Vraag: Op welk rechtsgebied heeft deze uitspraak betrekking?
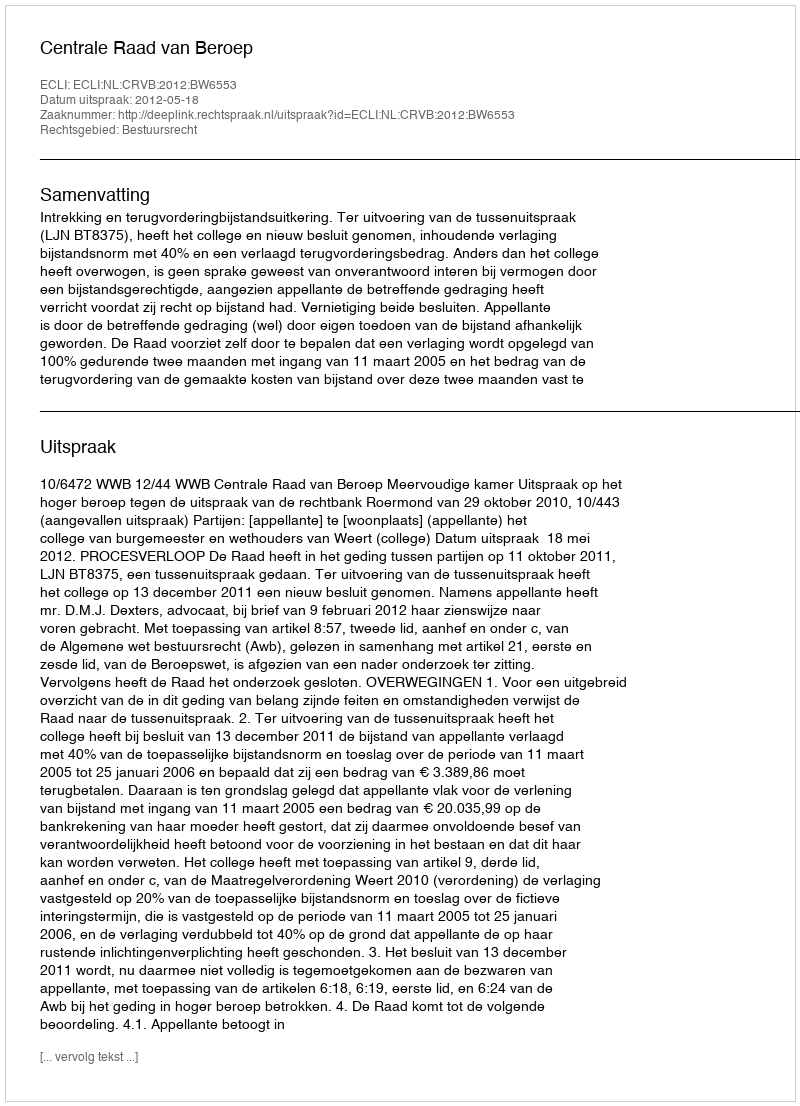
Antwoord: Bestuursrecht